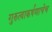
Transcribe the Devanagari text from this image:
गुरुत्वाकर्षणाचेच